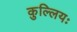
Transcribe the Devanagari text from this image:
कुल्लियः